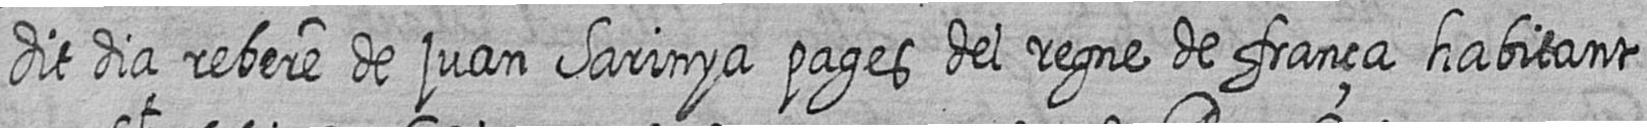
dit dia rebere de juan Sarinya pages del regne de frança habitant